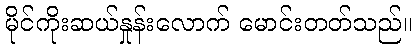
မိုင်ကိုးဆယ်နှုန်းလောက် မောင်းတတ်သည်။